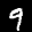
Label: 9